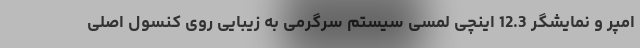
امپر و نمایشگر 12.3 اینچی لمسی سیستم سرگرمی به زیبایی روی کنسول اصلی